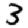
Digit: 3